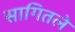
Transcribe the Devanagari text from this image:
सागितले